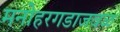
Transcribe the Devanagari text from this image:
मनोहरगडाजवळ